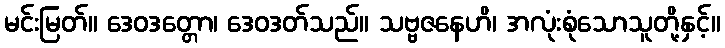
မင်းမြတ်။ ဒေဝဒတ္တော၊ ဒေဝဒတ်သည်။ သဗ္ဗဇနေဟိ၊ အလုံးစုံသောသူတို့နှင့်။